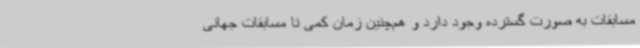
مسابقات به صورت گسترده وجود دارد و هم‌چنین زمان کمی تا مسابقات جهانی